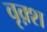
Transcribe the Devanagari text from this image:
वृक़्श